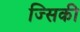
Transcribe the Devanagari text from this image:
ज्सिकी